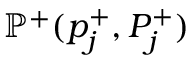
\mathbb { P } ^ { + } ( p _ { j } ^ { + } , P _ { j } ^ { + } )